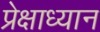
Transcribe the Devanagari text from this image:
प्रेक्षाध्यान